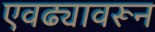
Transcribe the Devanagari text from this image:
एवढ्यावरून